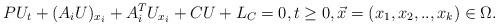
LaTeX: \begin{align*}P U_t + (A_i U)_{x_i}+A^T_i U_{x_i}+CU+L_C=0, t \geq 0, \vec x=(x_1,x_2,..,x_k) \in \Omega.\end{align*}